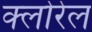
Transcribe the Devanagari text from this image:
क्लोरेल